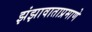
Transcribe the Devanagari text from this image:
झंझावाताप्रमाणे